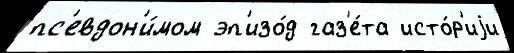
пс'евдон'и́мом эп'изо́д газ'е́та исто́р'иjи